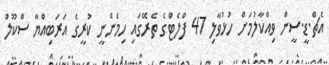
އެޗް.ޑީ.ސީން ވިއްކާލުމަށް ހުޅުވާލި 47 ފްލެޓްގެ ތެރޭގައި ހިމެނެނީ ކުރީގެ އަރަބިއްޔާ ސްކޫލް